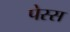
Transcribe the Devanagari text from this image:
पेस्स